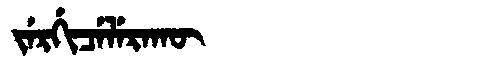
Manchu: ᠵᡝᡵᡤᡳᠴᡝᠯᡝᡵᠠᡴᡡ
Romanization: JERGICELERAKŪ